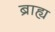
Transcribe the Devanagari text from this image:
ब्राह्य